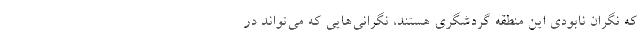
که نگران نابودی این منطقه گردشگری هستند، نگرانی‌هایی که می‌تواند در